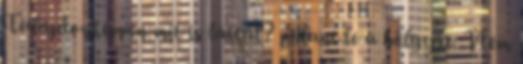
Tulajdonképpen mit is láttál? pillant le a hölgyre. Nem